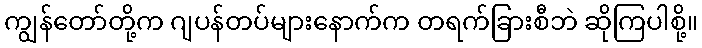
ကျွန်တော်တို့က ဂျပန်တပ်များနောက်က တရက်ခြားစီဘဲ ဆိုကြပါစို့။